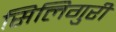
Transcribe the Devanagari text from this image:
सिलिगुरी